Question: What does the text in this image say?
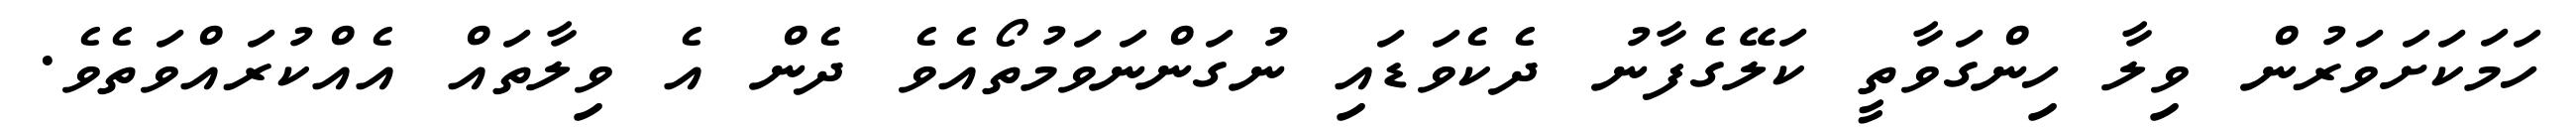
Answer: ހަމަކަށަވަރުން ވިލާ ހިންގަވާތީ ކަލޭގެފާނު ދެކެވަޑައި ނުގަންނަވަމުތޯއެވެ ދެން އެ ވިލާތައް އެއްކުރައްވަތެވެ.